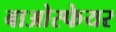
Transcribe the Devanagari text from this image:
बाओस्फेयर